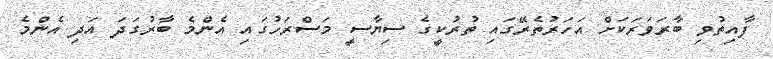
ފާއިތުވި ބާރަވަރަކަށް އަހަރުތެރޭގައި ތުރުކީގެ ސިޔާސީ މަސްރަހުގައި އެންމެ ބާރުގަދަ އަދި އެންމެ